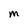
Character: M